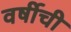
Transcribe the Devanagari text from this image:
वर्षीची